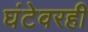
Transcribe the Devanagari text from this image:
घंटेवरही